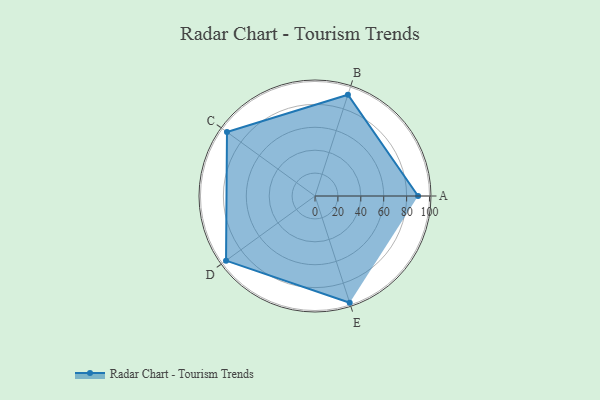
{"axis": {"x": "Skill", "y": "Score"}, "legend": ["Profile"], "data": [{"x": "A", "y": 90.0, "type": "Profile"}, {"x": "B", "y": 93.0, "type": "Profile"}, {"x": "C", "y": 95.0, "type": "Profile"}, {"x": "D", "y": 96.0, "type": "Profile"}, {"x": "E", "y": 98.0, "type": "Profile"}]}